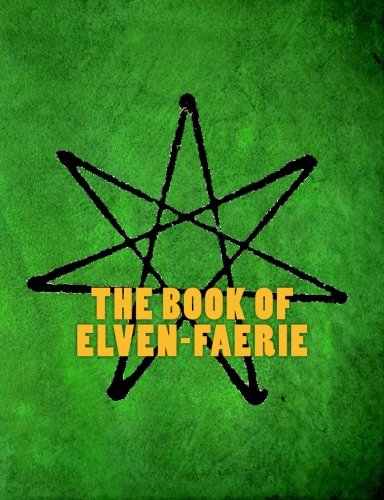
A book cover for The Book of Elven-Faerie: Secrets of Dragon Kings, Druids, Wizards & The Pheryllt (Third Edition); Joshua Free; Religion & Spirituality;